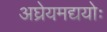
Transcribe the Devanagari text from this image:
अघ्रेयमद्ययोः